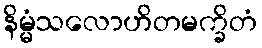
နိမ္မံသလောဟိတမက္ခိတံ